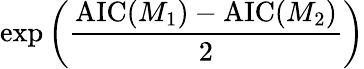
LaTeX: \exp\left({\frac{\operatorname{AIC}(M_{1})-\operatorname{AIC}(M_{2})}{2}}\right)